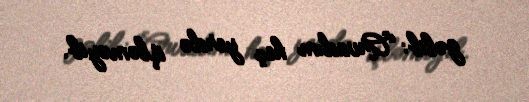
gəlib: “Arvadım heç yerdə işləməyib.